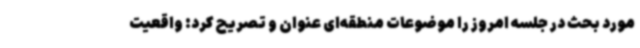
مورد بحث در جلسه امروز را موضوعات منطقه‌ای عنوان و تصریح کرد: واقعیت